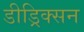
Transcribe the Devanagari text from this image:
डीड्रिक्सन